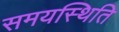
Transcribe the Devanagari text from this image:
समयस्थिति